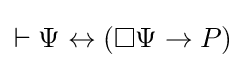
\vdash \Psi \leftrightarrow (\Box \Psi \rightarrow P)